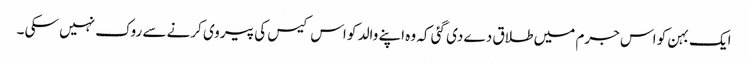
ایک بہن کو اس جرم میں طلاق دے دی گئی کہ وہ اپنے والد کو اس کیس کی پیروی کرنے سے روک نہیں سکی ۔